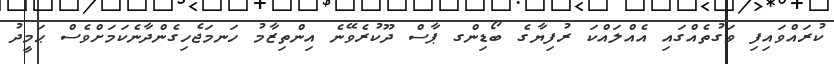
ކުރައްވައިފި ވަގުތެއްގައި އެއްލައްކަ ރުފިޔާގެ ބޯޑިންގ ޕާސް ދޫކުރެވޭނެ އިންތިޒާމު ހަނމަޖެހިގެންދާނެކަމަށްވެސް ޙަމިީދު